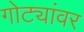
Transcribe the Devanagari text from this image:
गोट्यांवर